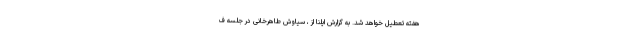
هفته تعطیل خواهد شد. به گزارش ایلنا از ، سیاوش طاهرخانی در جلسه ف